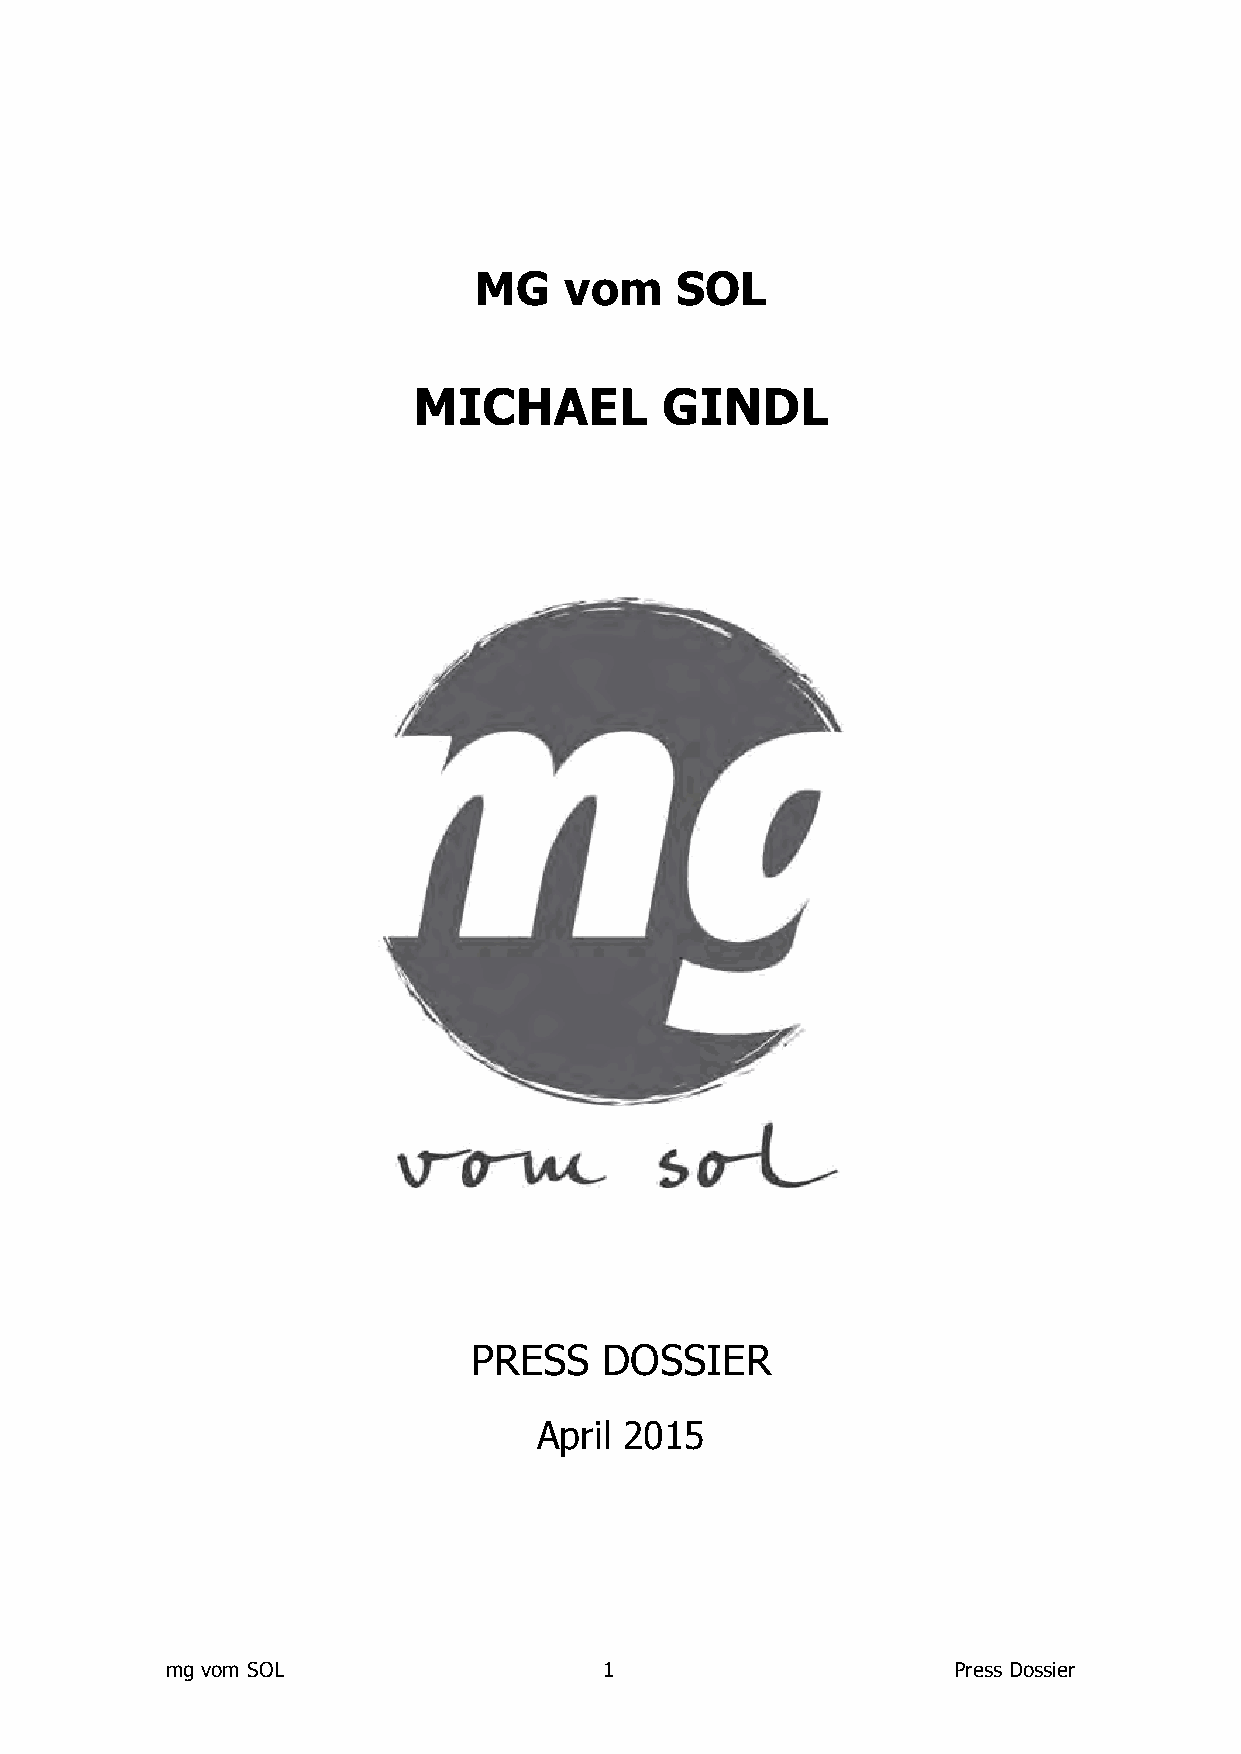
MG    vom     SOL
 MICHAEL          GINDL
 PRESS    DOSSIER
 April 2015
 mg vom SOL                   1                      Press Dossier